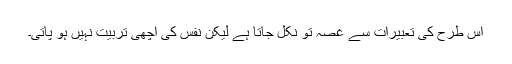
اس طرح کی تعبیرات سے غصہ تو نکل جاتا ہے لیکن نفس کی اچھی تربیت نہیں ہو پاتی۔